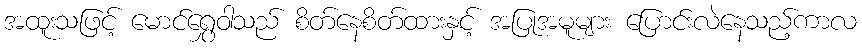
အထူးသဖြင့် မောင်ရွှေဝါသည် စိတ်နေစိတ်ထားနှင့် အပြုအမူများ ပြောင်းလဲနေသည့်ကာလ